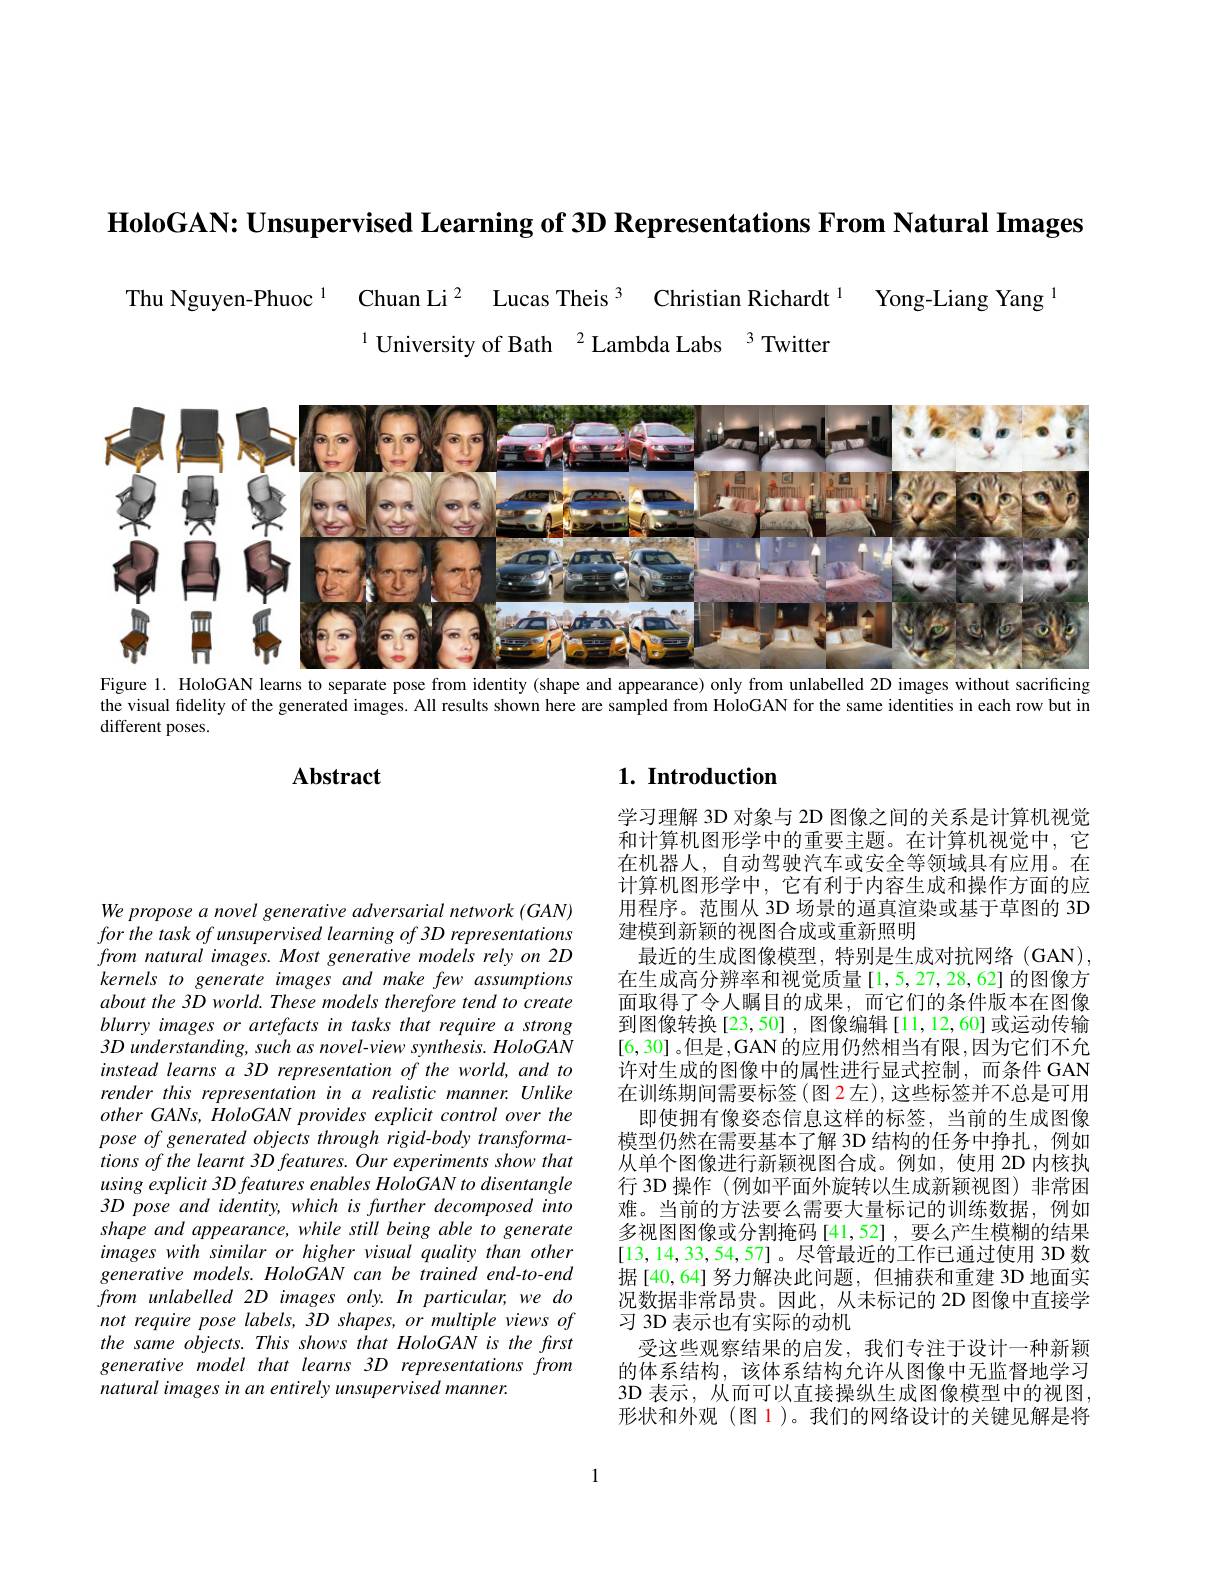
$\textbf{HoloGAN: Unsupervised Learning of 3D Representations From Natural Images}$

Thu Nguyen-Phuoc $^{1}$ Chuan Li$^{2}$ Lucas Theis $^{3}$ Christian Richardt $^{1}$ Yong-Liang Yang
$^{1}$ University of Bath $^2$Lambda Labs$^{3}$Twitten

<FigureHere>
Figure 1. HoloGAN learns to separate pose from identity (shape and appearance) only from unlabelled 2D images without sacrificing

the visual fidelity of the generated images. All results shown here are sampled from HoloGAN for the same identities in each row but in

different poses.

## $1. \textbf{ Introduction}$

Abstract

学习理解 3D 对象与 2D 图像之间的关系是计算机视觉和计算机图形学中的重要主题。在计算机视觉中，它在机器人，自动驾驶汽车或安全等领域具有应用。在计算机图形学中，它有利于内容生成和操作方面的应用程序。范围从 3D 场景的逼真渲染或基于草图的 3D 建模到新颖的视图合成或重新照明
最近的生成图像模型，特别是生成对抗网络(GAN) 在生成高分辨率和视觉质量[1,5,27,28,62]的图像方面取得了令人瞩目的成果，而它们的条件版本在图像到图像转换[23,50] ,图像编辑[11,12,60] 或运动传输[6,30] 。但是，GAN 的应用仍然相当有限，因为它们不允许对生成的图像中的属性进行显式控制，而条件 GAN 在训练期间需要标签(图 2左),这些标签并不总是可用
即使拥有像姿态信息这样的标签，当前的生成图像模型仍然在需要基本了解 3D 结构的任务中挣扎，例如从单个图像进行新颖视图合成。例如，使用 2D 内核执行 3D 操作 (例如平面外旋转以生成新颖视图)非常困难。当前的方法要么需要大量标记的训练数据，例如多视图图像或分割掩码[41,52],要么产生模糊的结果[13,14,33,54,57]。尽管最近的工作已通过使用 3D 数据[40,64] 努力解决此问题，但捕获和重建 3D 地面实况数据非常昂贵。因此，从未标记的 2D 图像中直接学习 3D 表示也有实际的动机
受这些观察结果的启发，我们专注于设计一种新颖的体系结构，该体系结构允许从图像中无监督地学习3D 表示，从而可以直接操纵生成图像模型中的视图， 形状和外观(图 1)。我们的网络设计的关键见解是将

We propose a novel generative adversarial network (GAN) for the task of unsupervised learning of 3D representations from natural images. Most generative models rely on 2D kernels to generate images and make few assumptions about the 3D world. These models therefore tend to create blurry images or artefacts in tasks that require a strong $3D$ understanding, such as novel-view synthesis. HoloGAN instead learns a 3D representation of the world, and to render this representation in a realistic manner. Unlike $otherGANs,HoloGANprovidesexplicit$ control over the pose of generated objects through rigid-body transformations of the learnt 3D features. Our experiments show that using explicit 3D features enables HoloGAN to disentangle $3Dpose$ and identity, which is further decomposed into shape and appearance, while still being able to generate images with similar or higher visual quality than other generative models. HoloGAN can be trained end-to-end from unlabelled 2D images only. In particular, we do not require pose labels, 3D shapes, or multiple views of the same objects. This shows that HoloGAN is the first generative model that learns 3D representations from natural images in an entirely unsupervised manner.

1